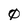
Character: 0